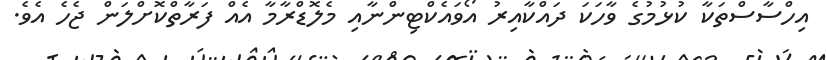
އިހްސާސްތަކާ ކުޅުމުގެ ވާހަކަ ދައްކާއިރު އޯވައެކްޓިންނާއި މެލޮޑްރާމާ އެއް ފަރާތްކޮށްލަން ޖެހެ އެވެ.